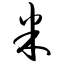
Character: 米